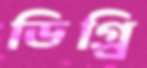
ডিগ্র্রি